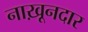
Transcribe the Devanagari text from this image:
नाख़ूनदार